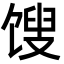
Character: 馊